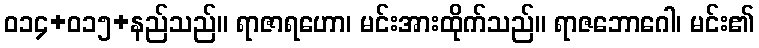
ဝ၁၄+၀၁၅+နည်သည်။ ရာဇာရဟော၊ မင်းအားထိုက်သည်။ ရာဇဘောဂေါ၊ မင်း၏